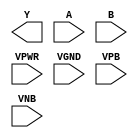
module sky130_fd_sc_hd__xnor2 (
    Y   ,
    A   ,
    B   ,
    VPWR,
    VGND,
    VPB ,
    VNB
);

    output Y   ;
    input  A   ;
    input  B   ;
    input  VPWR;
    input  VGND;
    input  VPB ;
    input  VNB ;
endmodule